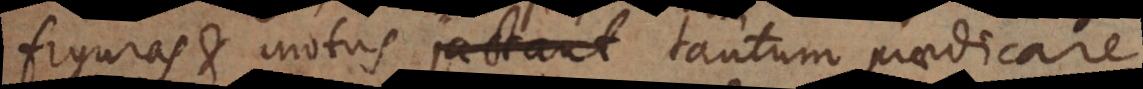
figuras et motus jactant tantum praedicare